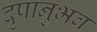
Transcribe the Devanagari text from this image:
दृषानुभव